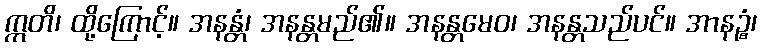
ဣတိ၊ ထို့ကြောင့်။ အနန္တံ၊ အနန္တမည်၏။ အနန္တမေဝ၊ အနန္တသည်ပင်။ အာနဉ္စံ၊